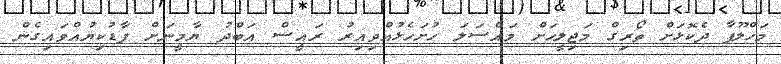
މަހްލޫފާ ދެކޮޅަށް ތޯރިގް މަޖިލީހަށް މައްސަލަ ހުށަހެޅުއްވިއިރު ރައީސް އަބްދު ޔާމީނަށް ފާޑުކިޔުއްވައިގެން